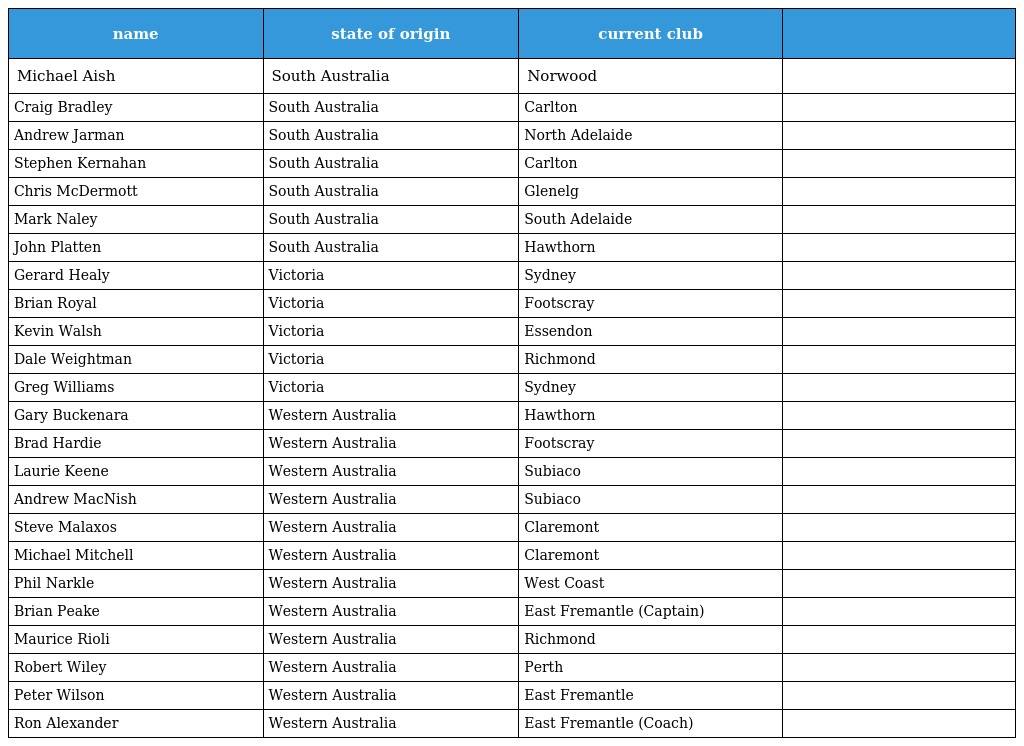
| name | state of origin | current club |  |
 | --- | --- | --- | --- |
 | Michael Aish | South Australia | Norwood |  |
 | Craig Bradley | South Australia | Carlton |  |
 | Andrew Jarman | South Australia | North Adelaide |  |
 | Stephen Kernahan | South Australia | Carlton |  |
 | Chris McDermott | South Australia | Glenelg |  |
 | Mark Naley | South Australia | South Adelaide |  |
 | John Platten | South Australia | Hawthorn |  |
 | Gerard Healy | Victoria | Sydney |  |
 | Brian Royal | Victoria | Footscray |  |
 | Kevin Walsh | Victoria | Essendon |  |
 | Dale Weightman | Victoria | Richmond |  |
 | Greg Williams | Victoria | Sydney |  |
 | Gary Buckenara | Western Australia | Hawthorn |  |
 | Brad Hardie | Western Australia | Footscray |  |
 | Laurie Keene | Western Australia | Subiaco |  |
 | Andrew MacNish | Western Australia | Subiaco |  |
 | Steve Malaxos | Western Australia | Claremont |  |
 | Michael Mitchell | Western Australia | Claremont |  |
 | Phil Narkle | Western Australia | West Coast |  |
 | Brian Peake | Western Australia | East Fremantle (Captain) |  |
 | Maurice Rioli | Western Australia | Richmond |  |
 | Robert Wiley | Western Australia | Perth |  |
 | Peter Wilson | Western Australia | East Fremantle |  |
 | Ron Alexander | Western Australia | East Fremantle (Coach) |  |